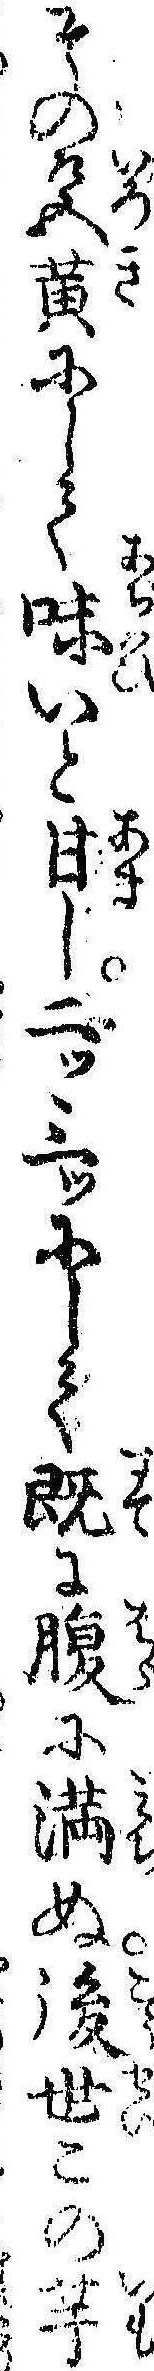
その色黄にして味いと甘し二ッ三ッにして既に腹に満ぬ後世この芋